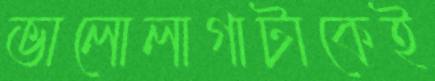
ভালোলাগাটাকেই